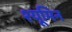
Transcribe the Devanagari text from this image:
श्यूमिन